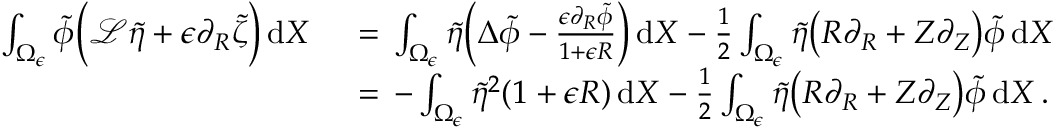
\begin{array} { r l } { \int _ { \Omega _ { \epsilon } } \tilde { \phi } \Bigl ( \mathcal { L } \tilde { \eta } + \epsilon \partial _ { R } \tilde { \zeta } \Bigr ) \, \mathrm { d } X \, } & { { } = \, \int _ { \Omega _ { \epsilon } } \tilde { \eta } \Bigl ( \Delta \tilde { \phi } - \frac { \epsilon \partial _ { R } \tilde { \phi } } { 1 + \epsilon R } \Bigr ) \, \mathrm { d } X - \frac 1 2 \int _ { \Omega _ { \epsilon } } \tilde { \eta } \bigl ( R \partial _ { R } + Z \partial _ { Z } \bigr ) \tilde { \phi } \, \mathrm { d } X } \\ { \, } & { { } = \, - \int _ { \Omega _ { \epsilon } } \tilde { \eta } ^ { 2 } ( 1 + \epsilon R ) \, \mathrm { d } X - \frac 1 2 \int _ { \Omega _ { \epsilon } } \tilde { \eta } \bigl ( R \partial _ { R } + Z \partial _ { Z } \bigr ) \tilde { \phi } \, \mathrm { d } X \, . } \end{array}